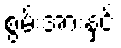
စွမ်းအားနှင့်